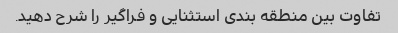
تفاوت بین منطقه بندی استثنایی و فراگیر را شرح دهید.